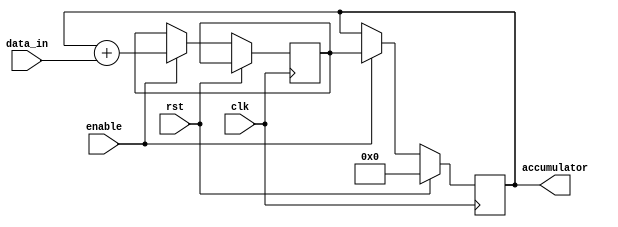
module FixedPointAccumulator(
    input wire clk,
    input wire rst,
    input wire enable,
    input wire [15:0] data_in,
    output reg [15:0] accumulator
);

reg [15:0] temp;

always @(posedge clk) begin
    if(rst) begin
        accumulator <= 0;
    end else begin
        if(enable) begin
            temp <= accumulator + data_in;
            accumulator <= temp;
        end
    end
end

endmodule